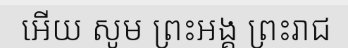
អើយ សូម ព្រះអង្គ ព្រះរាជ